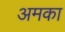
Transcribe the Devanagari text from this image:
अमका